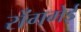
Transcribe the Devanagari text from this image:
रोंगमेई